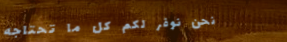
نحن نوفر لكم كل ما تحتاجه